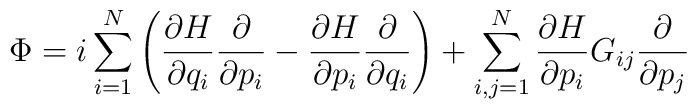
\Phi=i\sum_{i=1}^N\left({\partial H\over\partial q_i}{\partial\over\partial p_i}-{\partial H\over\partial p_i}{\partial\over\partial q_i}\right)+\sum_{i,j=1}^N{\partial H\over\partial p_i}G_{ij}{\partial\over\partial p_j}